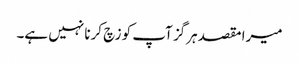
میرا مقصد ہرگز آپ کو زچ کرنا نہیں ہے۔